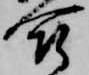
合